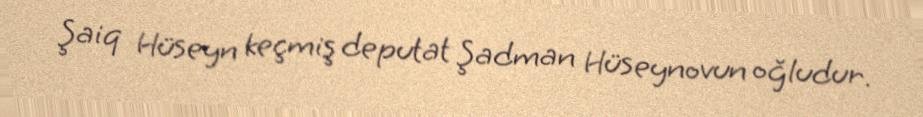
Şaiq Hüseyn keçmiş deputat Şadman Hüseynovun oğludur.